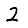
Digit: 2